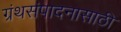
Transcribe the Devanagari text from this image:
ग्रंथसंपादनासाठी